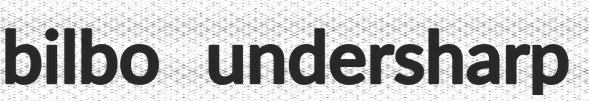
bilbo undersharp